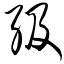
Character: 级